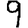
Digit: 9